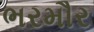
ભરમૌર